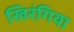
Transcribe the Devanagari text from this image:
खिरंगिया